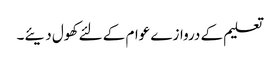
تعلیم کے دروازے عوام کے لئے کھول دیئے۔